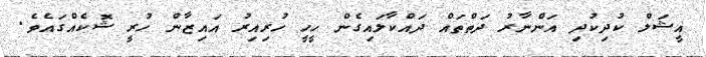
އީޝަލް ކުދިކުދި އަންނާރު ދަތްތައް ދައްކާލައިގެން ހީހީ ހުރިއިރު އައިޒާން ހުރީ ޝޮކެއްގައެވެ.